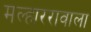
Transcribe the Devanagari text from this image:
मल्हाररावाला